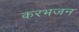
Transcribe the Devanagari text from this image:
करभजन